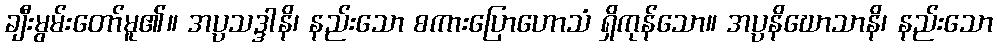
ချီးမွမ်းတော်မူ၏။ အပ္ပသဒ္ဒါနိ၊ နည်းသော စကားပြောဟောသံ ရှိကုန်သော။ အပ္ပနိဃောသာနိ၊ နည်းသော